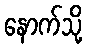
နောက်သို့